Report on vaccination in Madras 1895-1903 - 1895-1903
Year: 1895
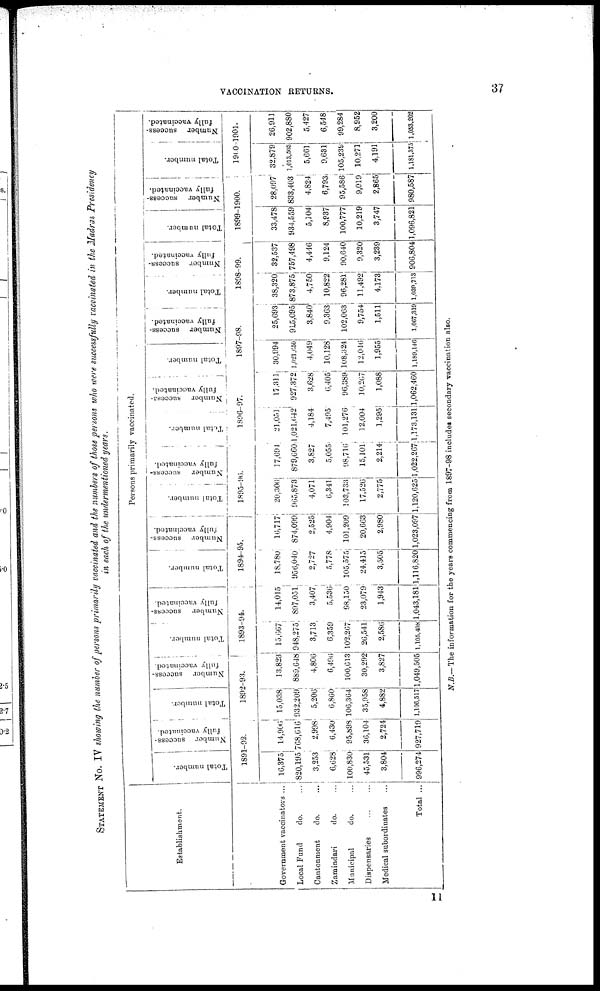
VACCINATION RETURNS.
37
STATEMENT No. IV showing the number of persons primarily vaccinated and the numbers of those persons who were successfully vaccinated in the Madras Presidency
in each of the undermentioned years.
Establishment.
Government vaccinators ...
Local Fund
do. ...
Cantonment
do. ...
Zamindari
do. ...
Municipal
do. ...
Dispensaries
...
...
Medical subordinates ...
Total ...
Persons primarily vaccinated.
Total number.
Number success-
fully vaccinated.
1891-02.
16,375
820,195
3,253
6,628
100,830
45,531
3,804
996,274
14,906
768,616
2,998
6,430
95,898
36,104
2,724
927,719
Total number.
Number success-
fully vaccinated.
1892-93.
15,038
932,209
5,206
6,860
106,364
35,058
4,882
1,106,517
13,823
889,648
4,806
6,496
100,613
30,292
3,827
1,049,505
Total number.
Number success-
fully vaccinated.
1893-94.
15,667
948,275
3,713
6,359
102,267
26,541
2,586
1,105,408
14,015
897,051
3,407
5,536
98,150
23,079
1,943
1,043,181
Total number.
Number success-
fully vaccinated.
1894-95.
18,780
956,040
2 727
5,778
105,575
24,415
3,505
1,116,820
16,717
874,099
2,525
4,904
101,209
20,663
2,980
1,023,097
Total number.
Number success-
fully vaccinated.
1895-96.
20,306
965,873
4,071
6,341
103,733
17,526
2,775
1,120,625
17,694
879,660
3,827
5,055
98,716
15,101
2,214
1,022,267
Total number.
Number success-
fully vaccinated.
1896-97.
21,051
1,021,642
4,184
7,495
101,276
12,004
1,295
1,173,131
17,311
927,372
3,628
6,405
96,389
10,267
1,088
1,062,460
Total number.
Number success-
fully vaccinated.
1897-98.
30,994
1,021,650
4,049
10,128
108,324
12,046
1,955
1,189,146
25,693
915,095
3,840
9,363
102,063
9,754
1,511
1,067,319
Total number.
Number success-
fully vaccinated.
1898-99.
38,320
873,875
4,750
10,822
96,281
11,492
4,173
1,039,713
32,537
757,498
4,446
9,124
90,640
9,320
3,239
906,804
Total number.
Number success-
fully vaccinated.
1899-1900.
33,478
934,559
5,104
8,937
100,777
10,219
3,747
1,096,821
28,097
833,403
4,824
6,793
95,586
9,019
2,865
980,587
Total number.
Number success-
fully vaccinated.
1900-1901.
32,879
1,013,503
5,661
9,631
105,239
10,271
4,191
1,181,375
26,911
902,880
5,427
6,548
99,284
8,952
3,200
1,053,202
N.B.— The information for the years commencing from 1897-98 includes secondary vaccination also.
11